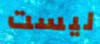
ليست